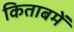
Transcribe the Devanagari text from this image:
किताबमें